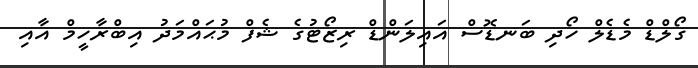
ގޯލްޑް މެޑެލް ހޯދި ބަނޑޮސް އައިލަންޑް ރިޒޯޓުގެ ޝެފް މުޙައްމަދު އިބްރާހީމް އާއި